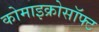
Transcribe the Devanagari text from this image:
कोमाइक्रोसॉफ्ट